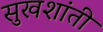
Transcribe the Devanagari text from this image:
सुखशांती